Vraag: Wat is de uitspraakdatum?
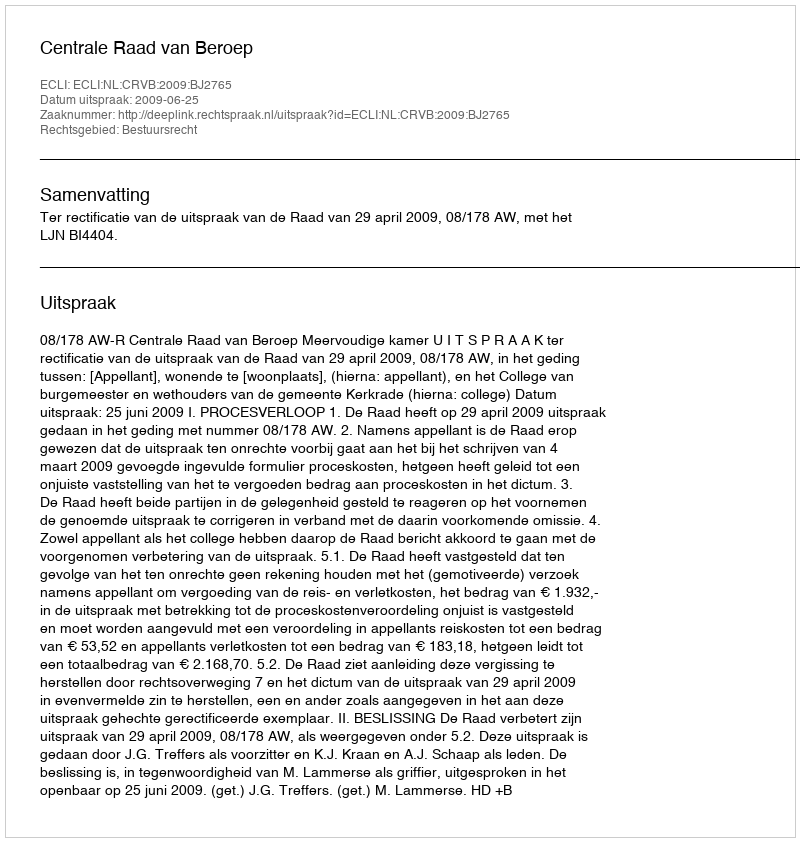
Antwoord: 2009-06-25